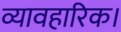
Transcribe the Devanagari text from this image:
व्यावहारिक।